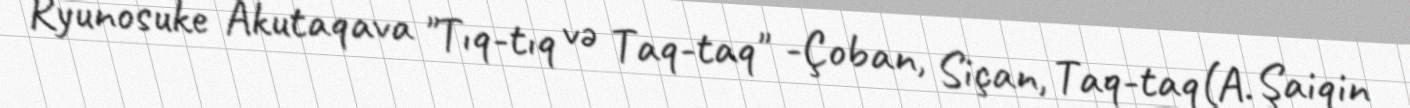
Ryunosuke Akutaqava "Tıq-tıq və Taq-taq" -Çoban, Siçan, Taq-taq(A. Şaiqin